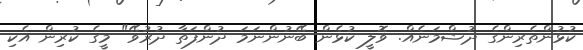
ކުޅުންތެރިންގެ ދުޝްމަނެއް. ވޮލީ ކުޅެން ބޭނުންނަމަ ދުންފަތާ ދުރުވޭ" މީގެ ކުރިން އެކި